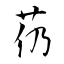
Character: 芿